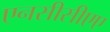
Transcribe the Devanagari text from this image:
एनसीसीएए